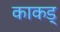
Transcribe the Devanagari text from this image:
काकड्